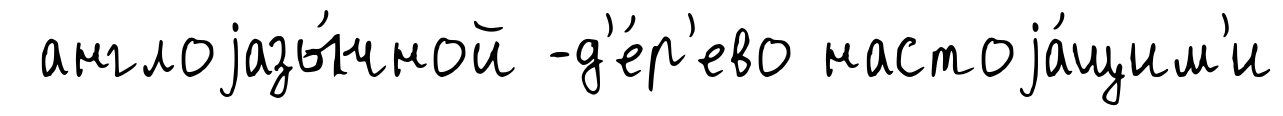
англоjазы́чной -д'е́р'ево настоjа́щим'и